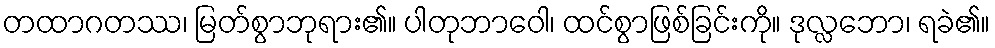
တထာဂတဿ၊ မြတ်စွာဘုရား၏။ ပါတုဘာဝေါ၊ ထင်စွာဖြစ်ခြင်းကို။ ဒုလ္လဘော၊ ရခဲ၏။